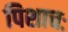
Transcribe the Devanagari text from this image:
पिशाचः